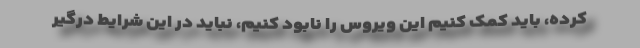
کرده، باید کمک کنیم این ویروس را نابود کنیم، نباید در این شرایط درگیر